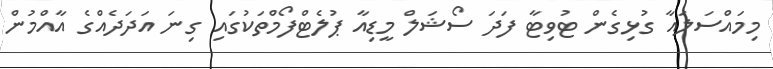
މިމައްސަލައާ ގުޅިގެން ޓުވިޓާ ފަދަ ސޯޝަލް މީޑިއާ ޕުލެޓްފޯމްތަކުގައި ގިނަ އަދަދެއްގެ އާއްމުން